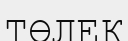
ТӨЛЕК